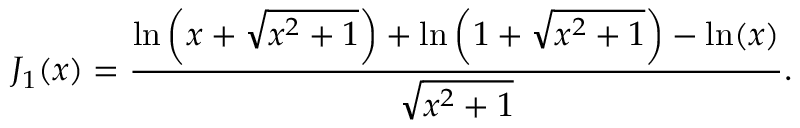
J _ { 1 } ( x ) = \frac { \ln { \left( x + \sqrt { x ^ { 2 } + 1 } \right) } + \ln { \left( 1 + \sqrt { x ^ { 2 } + 1 } \right) } - \ln ( x ) } { \sqrt { x ^ { 2 } + 1 } } .